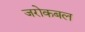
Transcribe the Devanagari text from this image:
जरोकबल